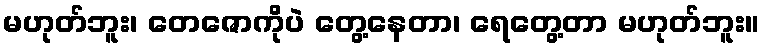
မဟုတ်ဘူး၊ တေဇောကိုပဲ တွေ့နေတာ၊ ရေတွေ့တာ မဟုတ်ဘူး။